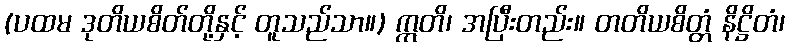
(ပထမ ဒုတိယစိတ်တို့နှင့် တူသည်သာ။) ဣတိ၊ အပြီးတည်း။ တတိယစိတ္တံ နိဋ္ဌိတံ၊